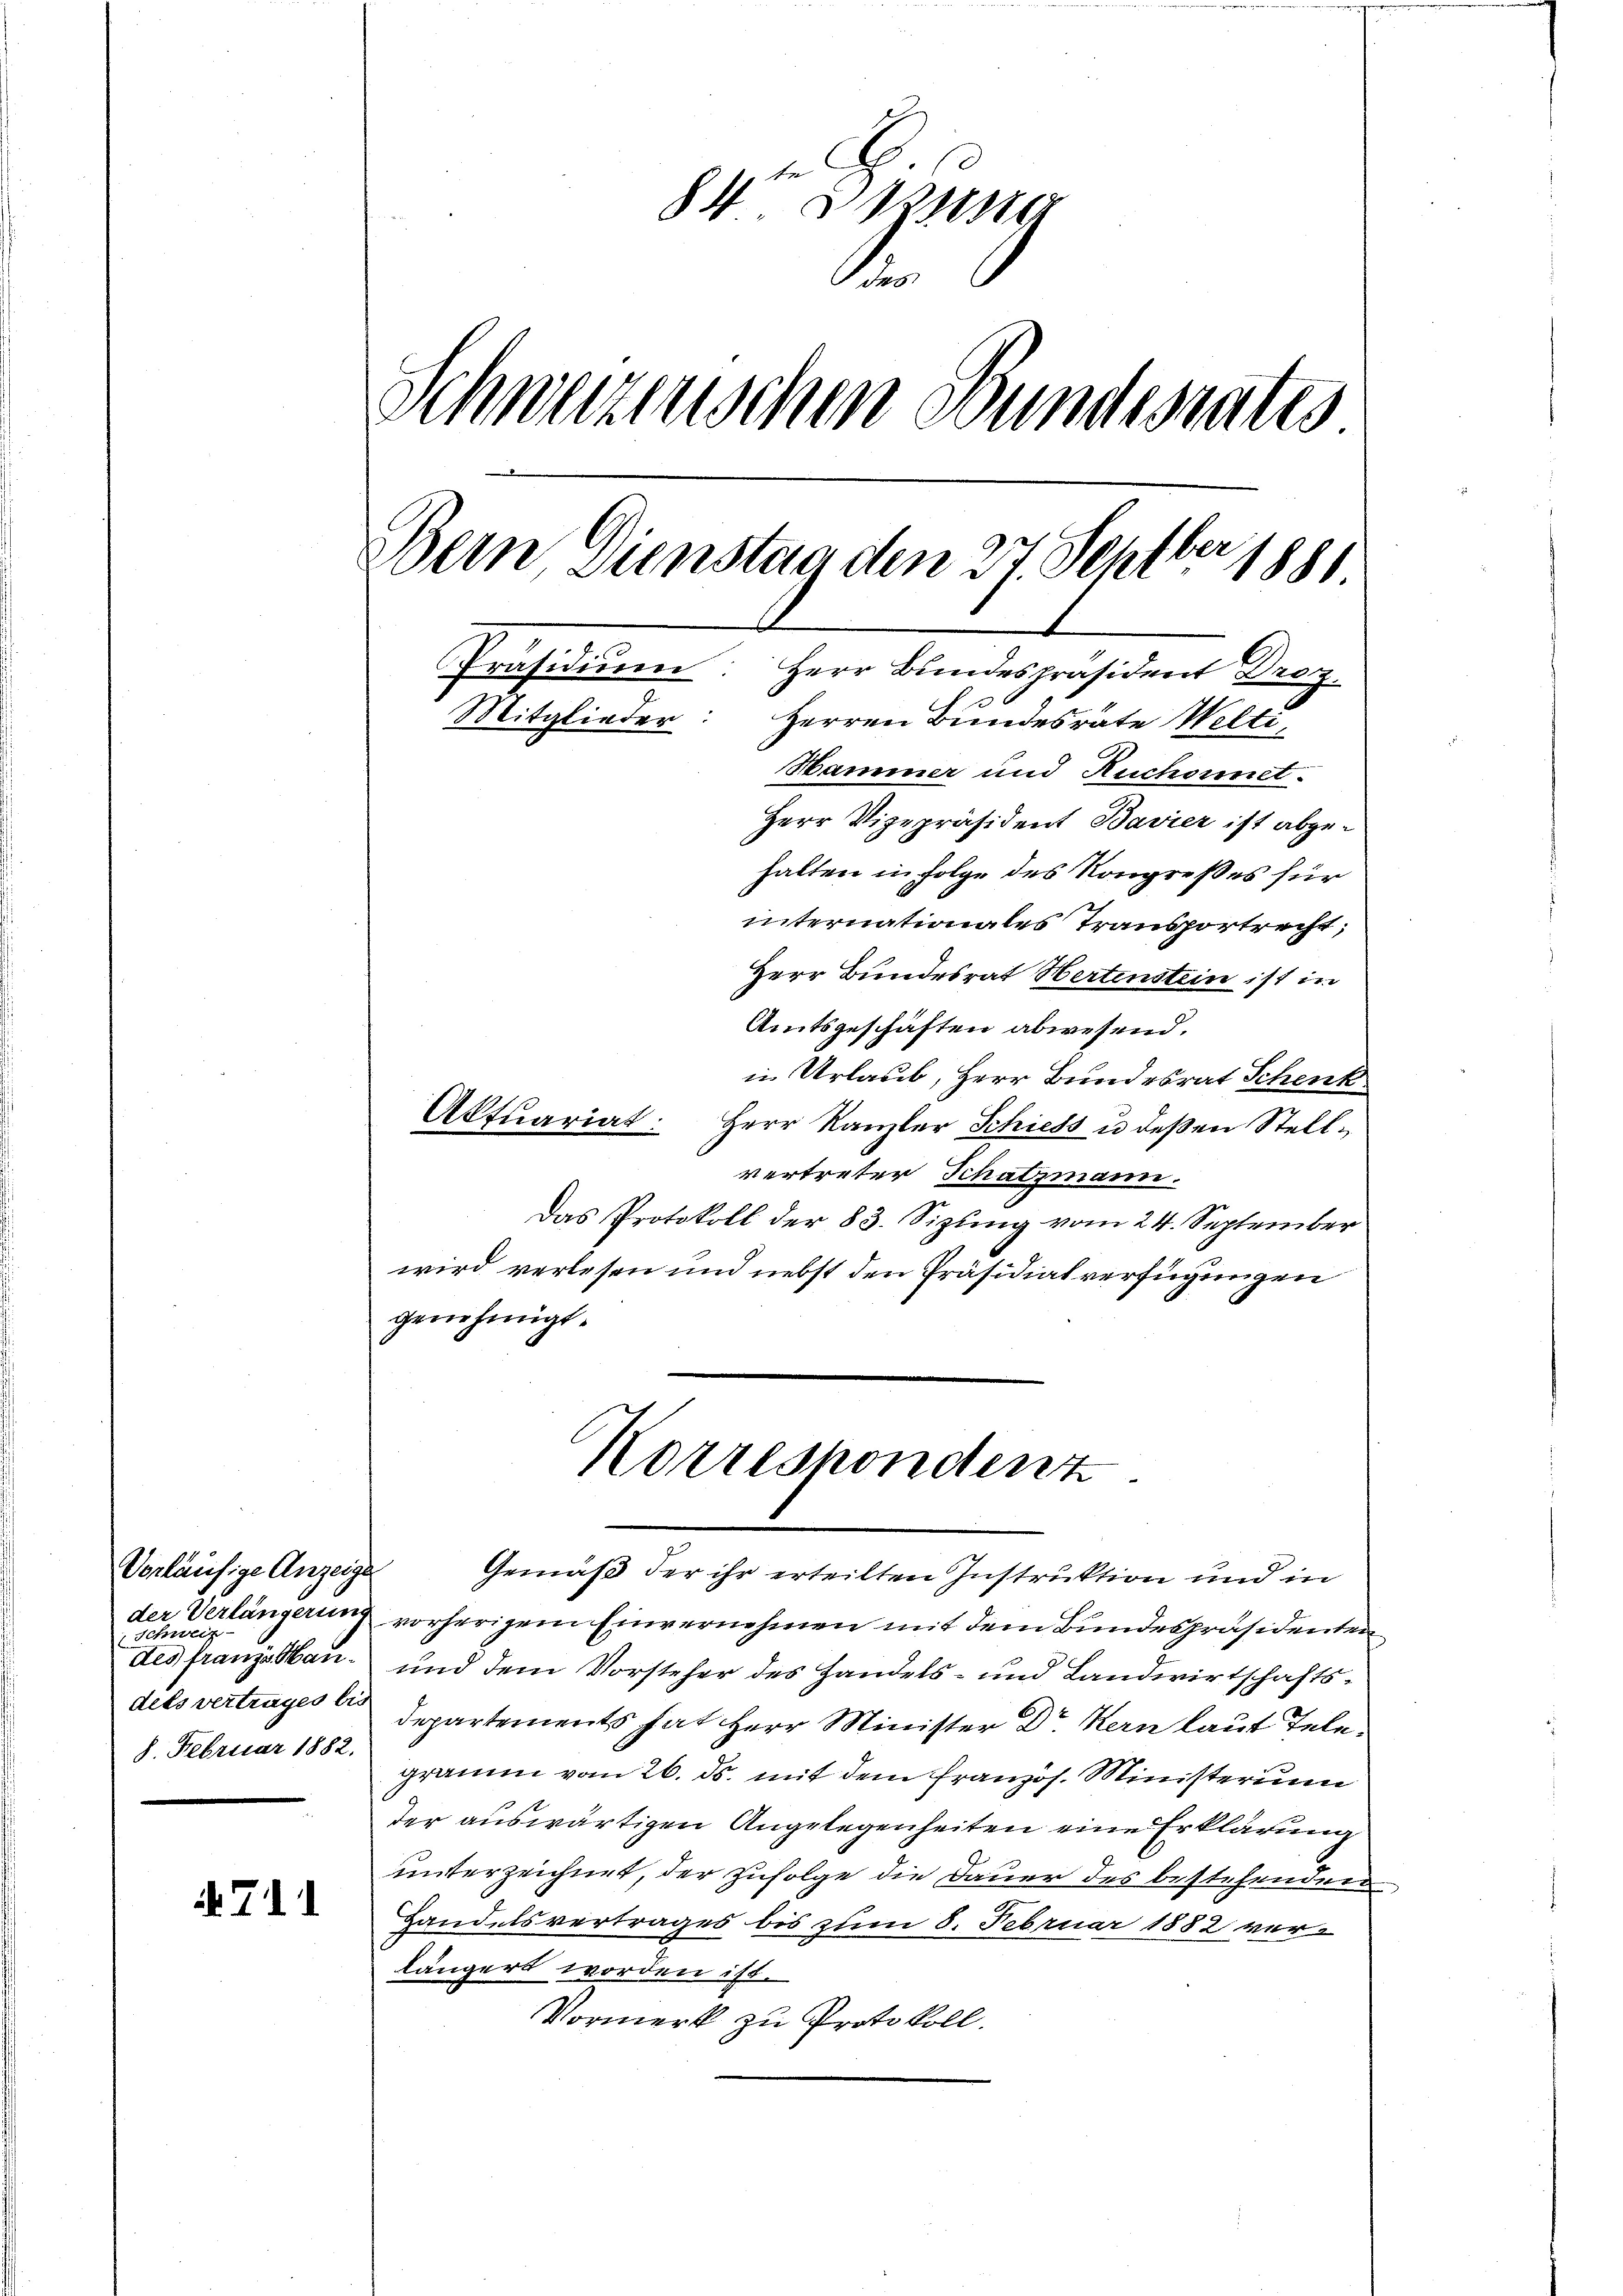
Vorläufige Anzeige
Schweiz
dels vertrages bis
8. Februar 1882.

. 11

84 desse
.
Schweizerischen Bundesrates
Bern, Dienstag den 27 Septber 1881
Präsidium
Herr Bundespräsident Droz.
Mitglieder: Herren Bundesräte Welti,
Hammer und Ruchornet.
Herr Vizepräsident Bavier ist abgehalten in Folge des Kongreßes für
internationales Transportrecht,
Herr Bundesrat Hertenstein ist in
Amtsgeschäften abwesend.

in Urlaub, Herr Bundesrat Schenk
Aktuariat: Herr Kanzler Schiess u. deβen Stellvertreter Schatzmann.
Das Protokoll der 83. Sizung vom 24. September
wird verlesen und nebst den Präsidialverfügungen
genehmigt.
Korrespondenz
Gemäß der ihr erteilten Instruktion und in
der Verlängerung vorherigem Einvernehmen mit dem Bundespräsidenten
des franz an und dem Vorsteher des Handels- und Landwirtschafts¬
Departements hat Herr Minister Dr. Kern laut Telegramm vom 26. ds. mit dem französ. Ministerium
der auswärtigen Angelegenheiten eine Erklärung
unterzeichnet, der zufolge die Dauer des bestehenden
Handelsvertrages bis zum 8. Februar 1882 verlängert worden ist.
Vormerk zu Protokoll.